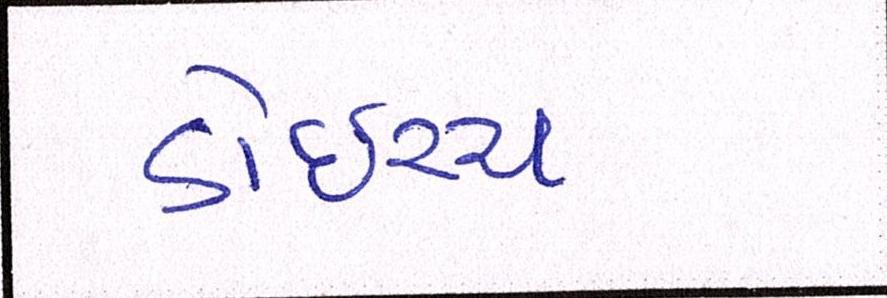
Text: ડોઇચ્ચ